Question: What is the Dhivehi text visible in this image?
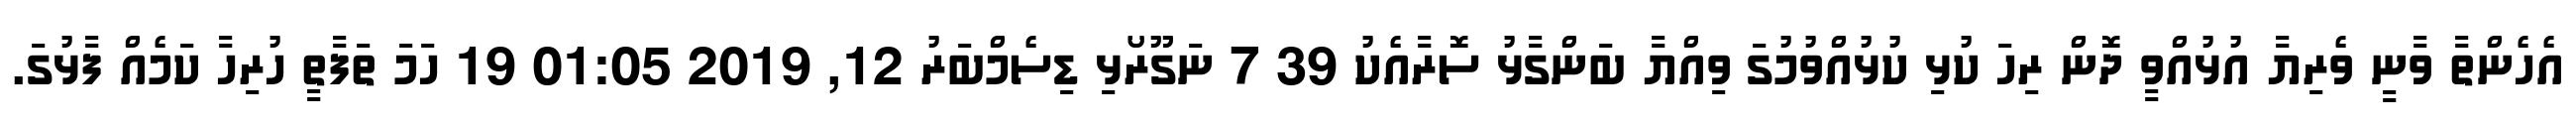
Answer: އެހެންތާ ވާނީ ވެރިޔާ އުޅުއްވީ ދޮން ރިހަ ކުޅި ކުޅުއްވުމުގަ ވިއްޔާ ބަންގާޅު ސޮރާއެކު 39 7 ނަގޫރޯޅި ޑިސެމްބަރު 12, 2019 01:05 19 ހަމަ ތަފާތީ ހުރިހާ ކަމެއް ފާޅުގަ.